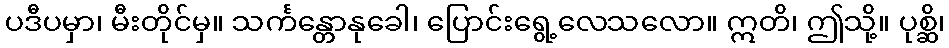
ပဒီပမှာ၊ မီးတိုင်မှ။ သင်္ကန္တောနုခေါ၊ ပြောင်းရွေ့လေသလော။ ဣတိ၊ ဤသို့။ ပုစ္ဆိ၊